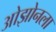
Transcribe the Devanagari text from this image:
ओझोनला